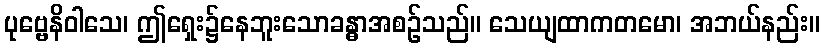
ပုဗ္ဗေနိဝါသေ၊ ဤရှေး၌နေဘူးသောခန္ဓာအစဉ်သည်။ သေယျထာကတမော၊ အဘယ်နည်း။